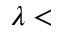
\lambda <